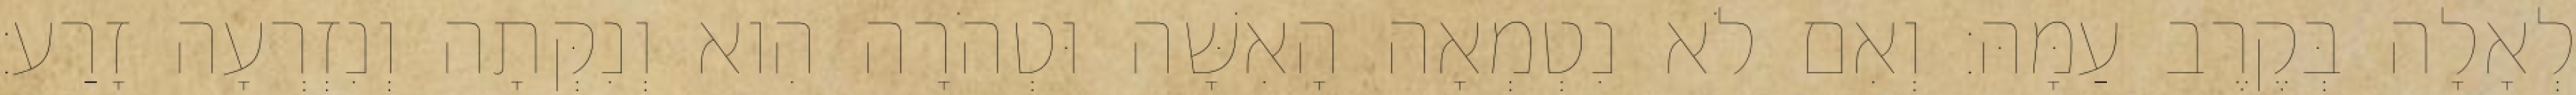
לְאָלָה בְּקֶרֶב עַמָּהּ׃ וְאִם לֹא נִטְמְאָה הָאִשָּׁה וּטְהֹרָה הִוא וְנִקְּתָה וְנִזְרְעָה זָרַע׃